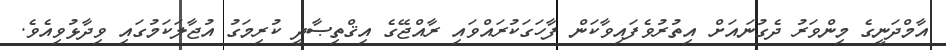
އާމްދަނީގެ މިންވަރު ދެގުނައަށް އިތުރުވެފައިވާކަން ފާހަގަކުރައްވައި ރާއްޖޭގެ އިޤްތިޞާދީ ކުރިމަގު އުޖާލަކަމުގައި ވިދާޅުވިއެވެ.